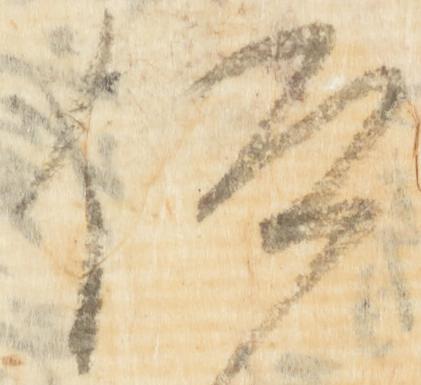
仰